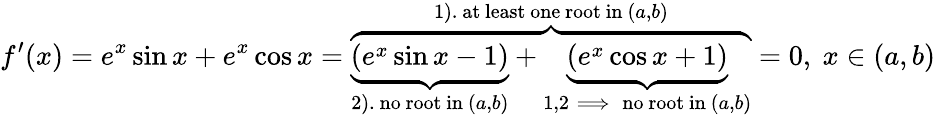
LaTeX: f^{\prime}(x)=e^{x}\sin x+e^{x}\cos x=\overbrace{\underbrace{(e^{x}\sin x-1)}_{2).\mathrm{~no~root~in}\ (a,b)}+\underbrace{(e^{x}\cos x+1)}_{1,2\implies\mathrm{~no~root~in}\ (a,b)}}^{\mathrm{1).~at~least~one~root~in}\ (a,b)}=0,\ x\in(a,b)